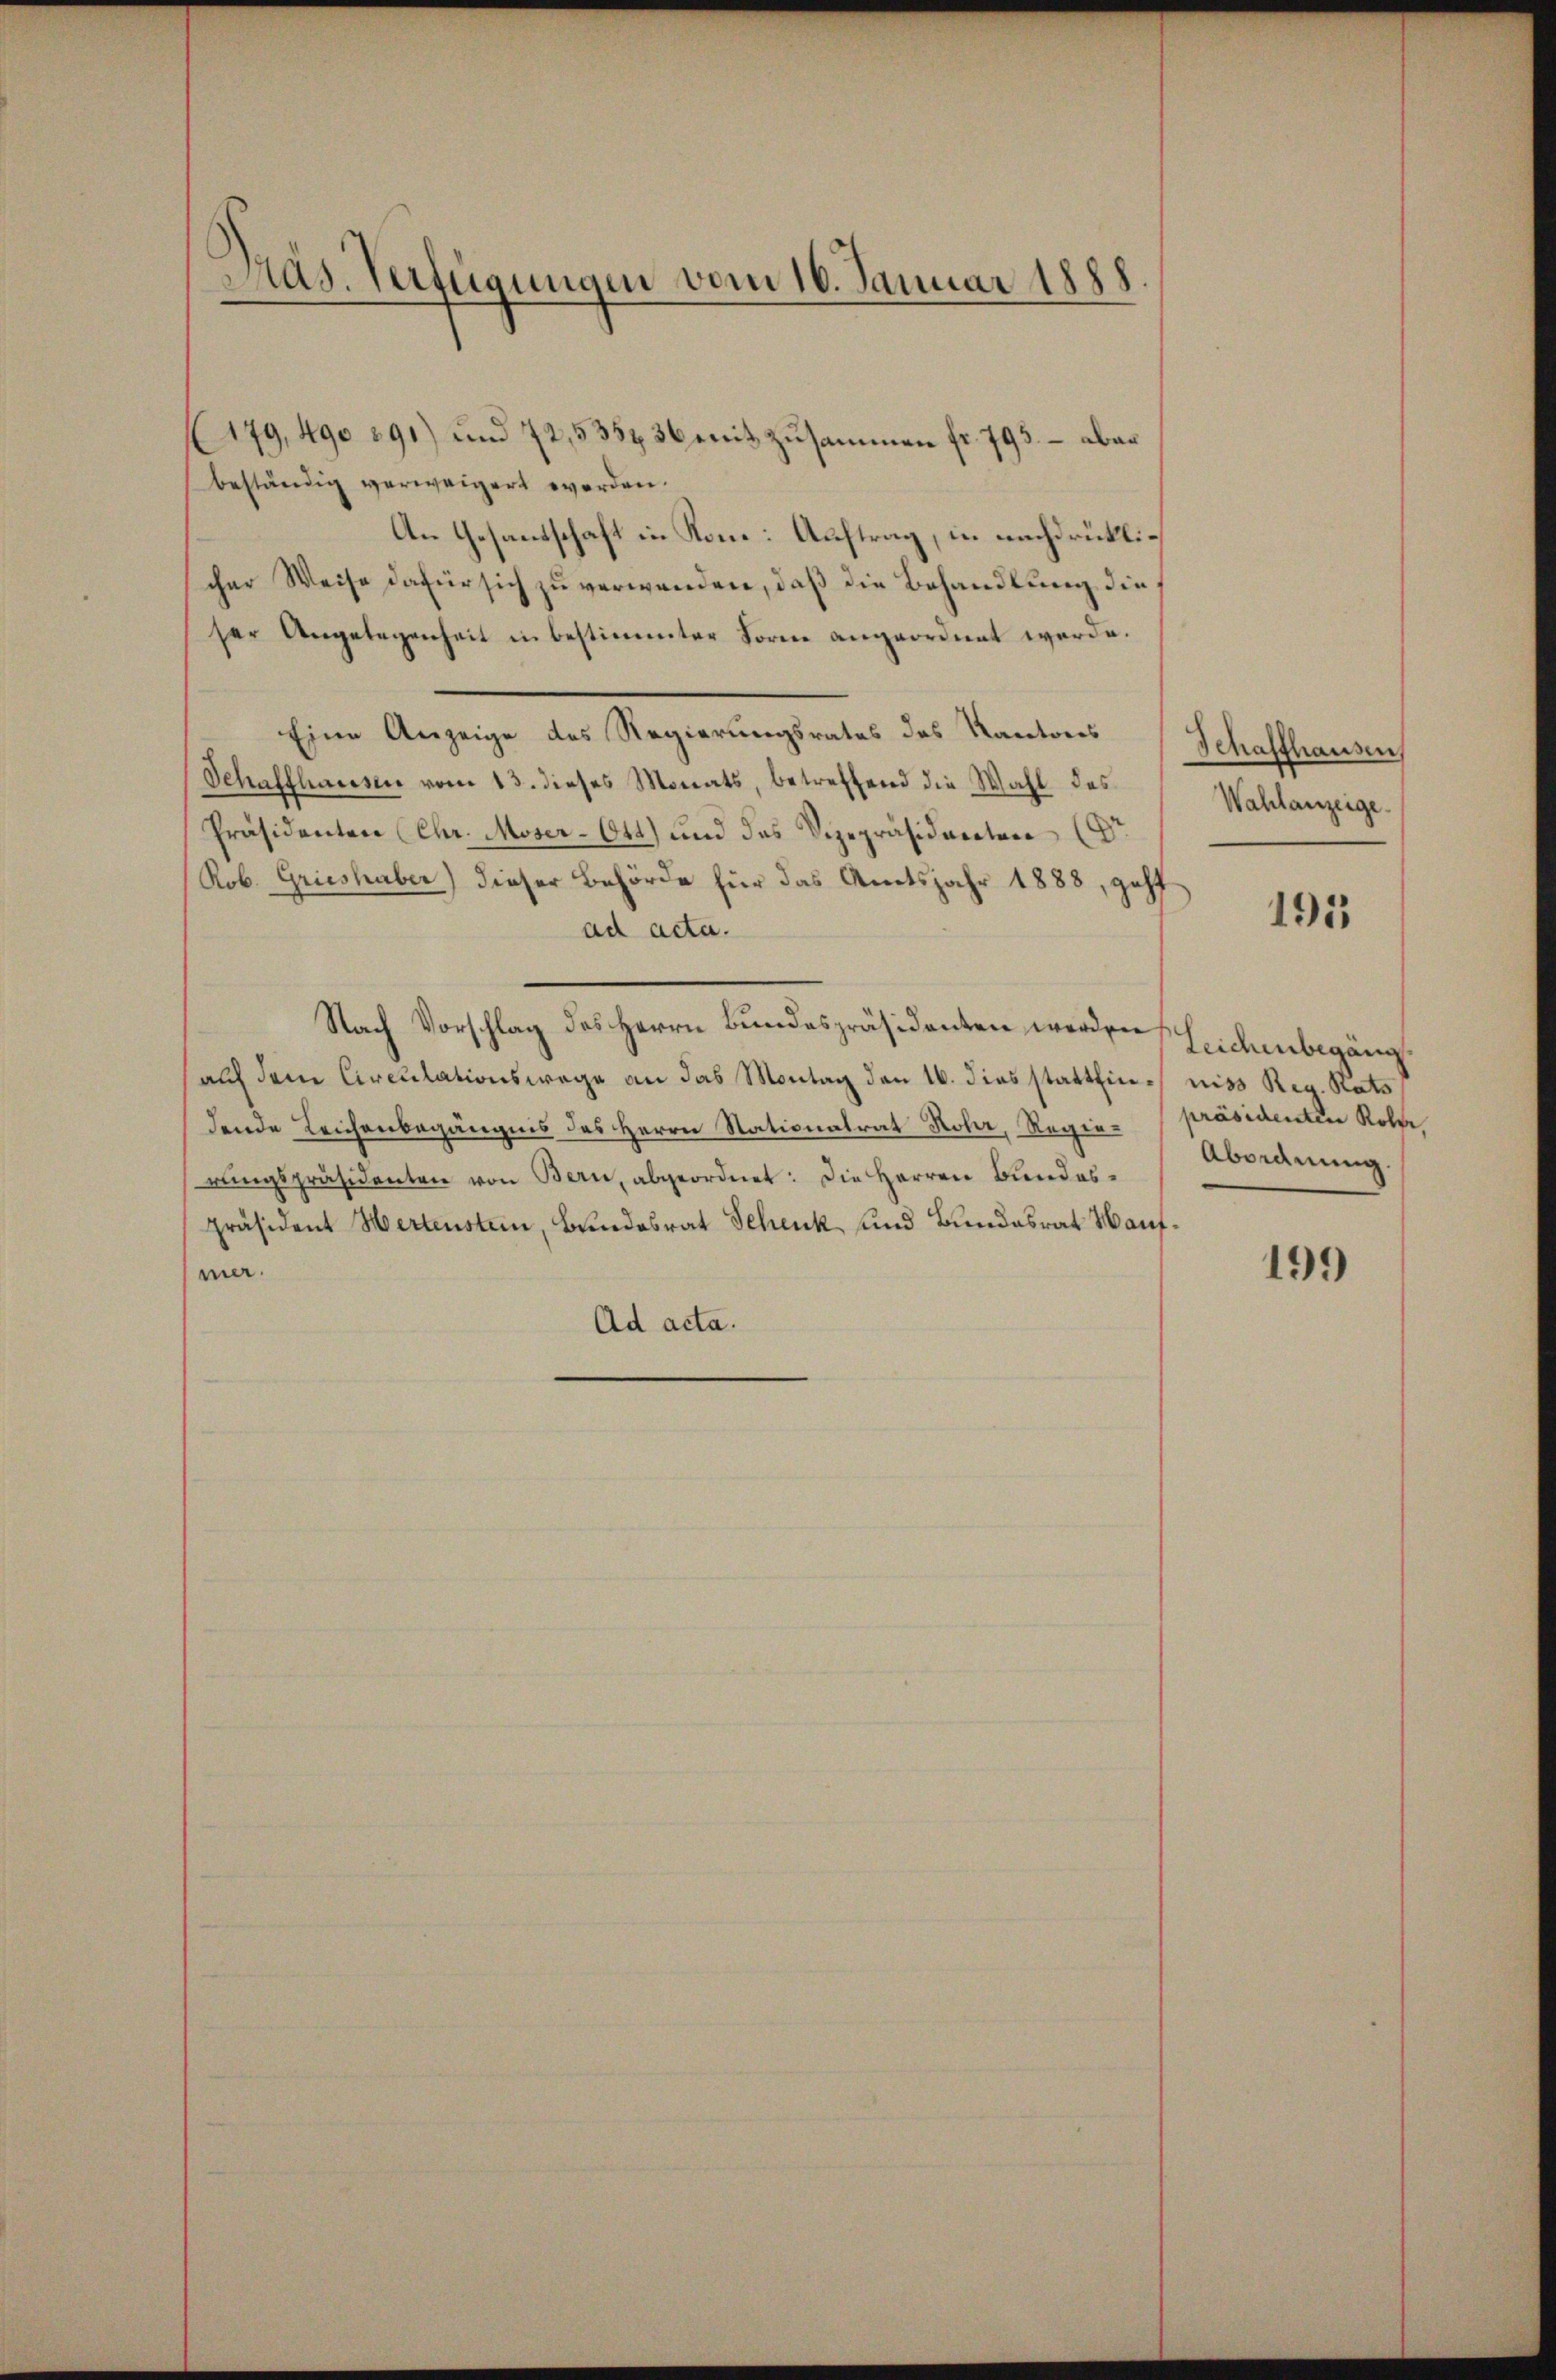
Pras. Verfügungen vom 16. Januar 1888.

179, 490 391) und 72,5354 36 mit zusammen fr. 793. – aber
beständig verweigert worden.
An Gesandschaft in Kom: Auftrag, in nachdrücklischer Weise dafür sich zu verwenden, daß die Behandlung die
ser Angelegenheit in bestimmter Form angeordnet werde.
Eine Anzeige des Regierungsrates des Kantons
Schaffhaussen vom 13. dieses Monats, betreffend die Wahl des
Präsidenten (Chr. Moser-Ott) und das Vizepräsidenten (Dr
Rob. Grieshaber) dieser Behörde für das Amtsjahr 1888, geht
ad acta.
Nach Vorschlag des Herrn Bundespräsidenten werden Leichenbegäng
auf dem Circulationswege an das Montag den 16. dies statthin niss Reg. Rats
dende Leichenbegängnis des Herrn Stationalrat Rohr, Regie-Präsidenten Rolle
rŭngspräsidenten von Bern, abgeordnet: Die Herren Bundes-
präsident Wertenstein, Bundesrat Schenk und Bundesrat aufmer.
Ad acta.

Schaffhausen,
Wahlanzeige.

191

Abordnung.

199